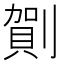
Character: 𠟒